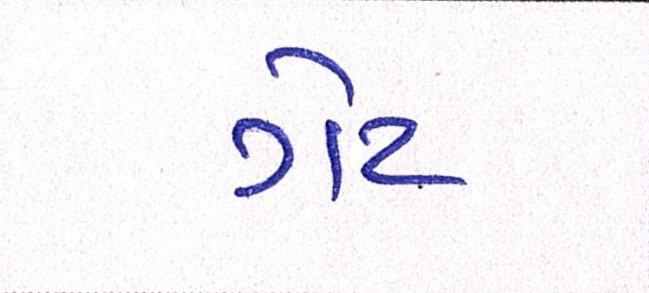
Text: ગેટ